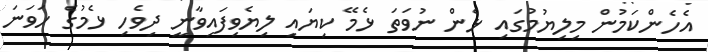
އެހެންކަމުން މިލިޔުމުގައި ޅެން ނުވަތަ ޅެމޭ ކިޔައި ލިޔެވިފައިވާނީ ދިވެހި ޅެމުގެ ހަވަނަ